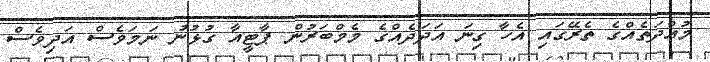
މުއްދަތެއްގެ ތެރޭގައި އެހާ ގިނަ އަދަދެއްގެ މެމްބަރުން ޕާޓީއާ ގުޅުނު ނަމަވެސް އަދިވެސް